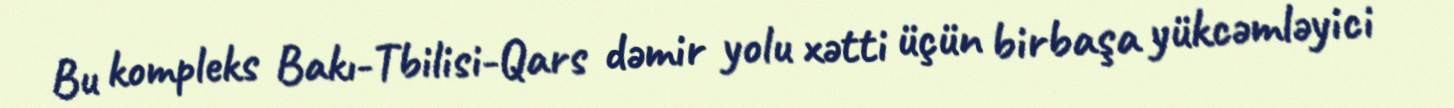
Bu kompleks Bakı-Tbilisi-Qars dəmir yolu xətti üçün birbaşa yükcəmləyici